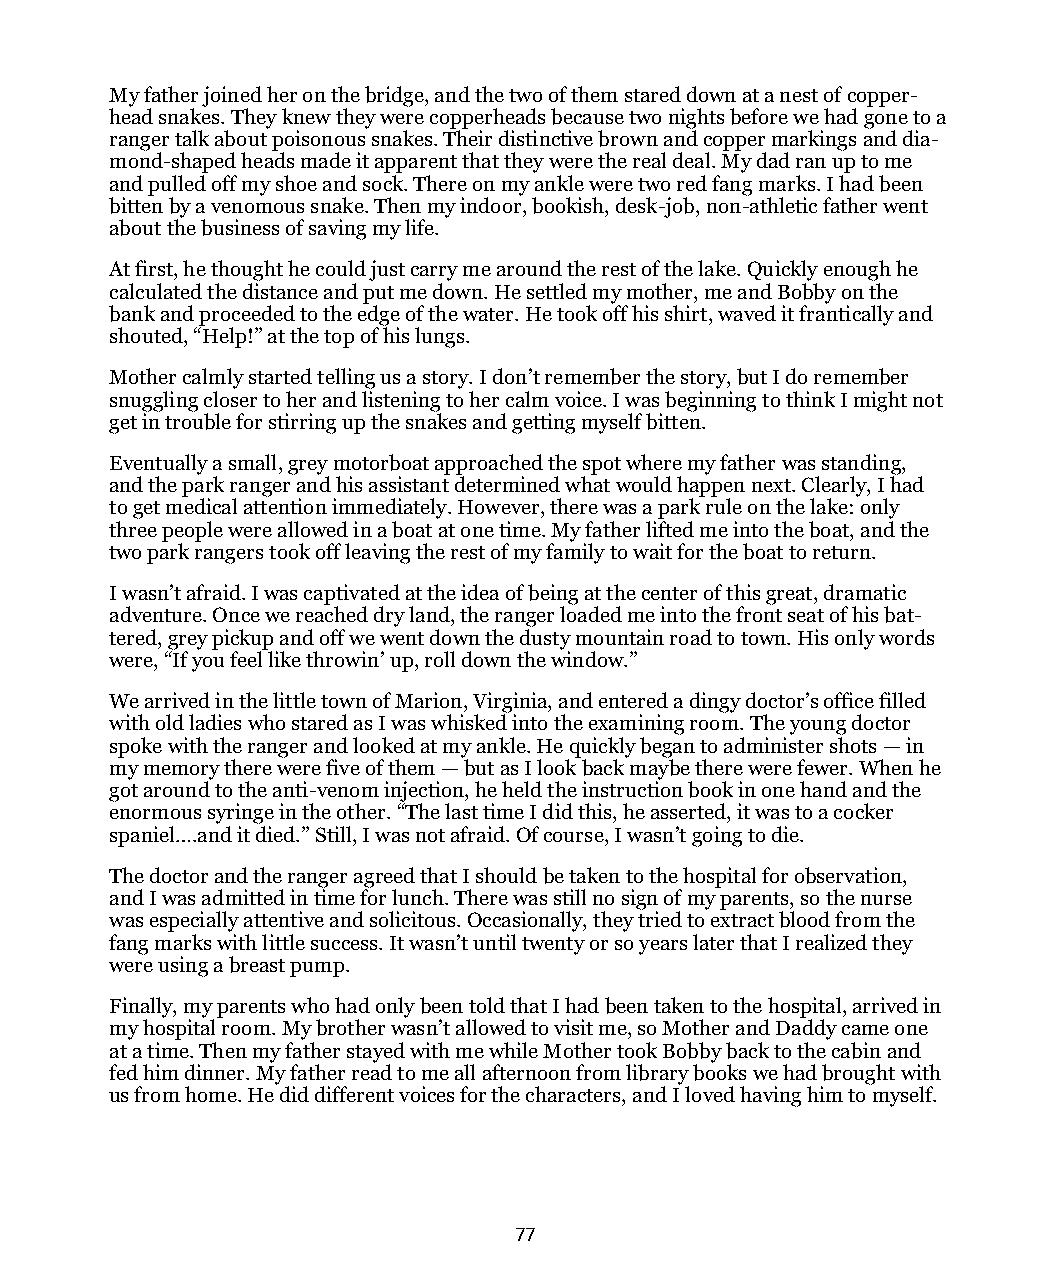
My father joined her on the bridge, and the two of them stared down at a nest of copper-
 head snakes. They knew they were copperheads because two nights before we had gone to a
 ranger talk about poisonous snakes. Their distinctive brown and copper markings and dia-
 mond-shaped heads made it apparent that they were the real deal. My dad ran up to me
 and pulled off my shoe and sock. There on my ankle were two red fang marks. I had been
 bitten by a venomous snake. Then my indoor, bookish, desk-job, non-athletic father went
 about the business of saving my life.
 At first, he thought he could just carry me around the rest of the lake. Quickly enough he
 calculated the distance and put me down. He settled my mother, me and Bobby on the
 bank and proceeded to the edge of the water. He took off his shirt, waved it frantically and
 shouted, “Help!” at the top of his lungs.
 Mother calmly started telling us a story. I don’t remember the story, but I do remember
 snuggling closer to her and listening to her calm voice. I was beginning to think I might not
 get in trouble for stirring up the snakes and getting myself bitten.
 Eventually a small, grey motorboat approached the spot where my father was standing,
 and the park ranger and his assistant determined what would happen next. Clearly, I had
 to get medical attention immediately. However, there was a park rule on the lake: only
 three people were allowed in a boat at one time. My father lifted me into the boat, and the
 two park rangers took off leaving the rest of my family to wait for the boat to return.
 I wasn’t afraid. I was captivated at the idea of being at the center of this great, dramatic
 adventure. Once we reached dry land, the ranger loaded me into the front seat of his bat-
 tered, grey pickup and off we went down the dusty mountain road to town. His only words
 were, “If you feel like throwin’ up, roll down the window.”
 We arrived in the little town of Marion, Virginia, and entered a dingy doctor’s office filled
 with old ladies who stared as I was whisked into the examining room. The young doctor
 spoke with the ranger and looked at my ankle. He quickly began to administer shots — in
 my memory there were five of them — but as I look back maybe there were fewer. When he
 got around to the anti-venom injection, he held the instruction book in one hand and the
 enormous syringe in the other. “The last time I did this, he asserted, it was to a cocker
 spaniel….and it died.” Still, I was not afraid. Of course, I wasn’t going to die.
 The doctor and the ranger agreed that I should be taken to the hospital for observation,
 and I was admitted in time for lunch. There was still no sign of my parents, so the nurse
 was especially attentive and solicitous. Occasionally, they tried to extract blood from the
 fang marks with little success. It wasn’t until twenty or so years later that I realized they
 were using a breast pump.
 Finally, my parents who had only been told that I had been taken to the hospital, arrived in
 my hospital room. My brother wasn’t allowed to visit me, so Mother and Daddy came one
 at a time. Then my father stayed with me while Mother took Bobby back to the cabin and
 fed him dinner. My father read to me all afternoon from library books we had brought with
 us from home. He did different voices for the characters, and I loved having him to myself.
 77